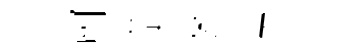
武劘蔭悵鬱拂召